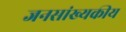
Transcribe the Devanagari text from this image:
जनसांख्यकीय